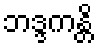
ဘဒ္ဒကန္တိ